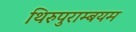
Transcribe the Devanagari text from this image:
थिरुपुराम्बयम